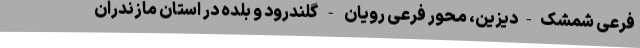
فرعی شمشک-دیزین، محور فرعی رویان - گلندرود و بلده در استان مازندران